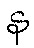
န